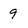
Character: 9